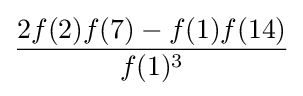
{\frac {2f(2)f(7)-f(1)f(14)}{f(1)^{3}}}